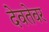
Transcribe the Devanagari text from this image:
देवतेवर